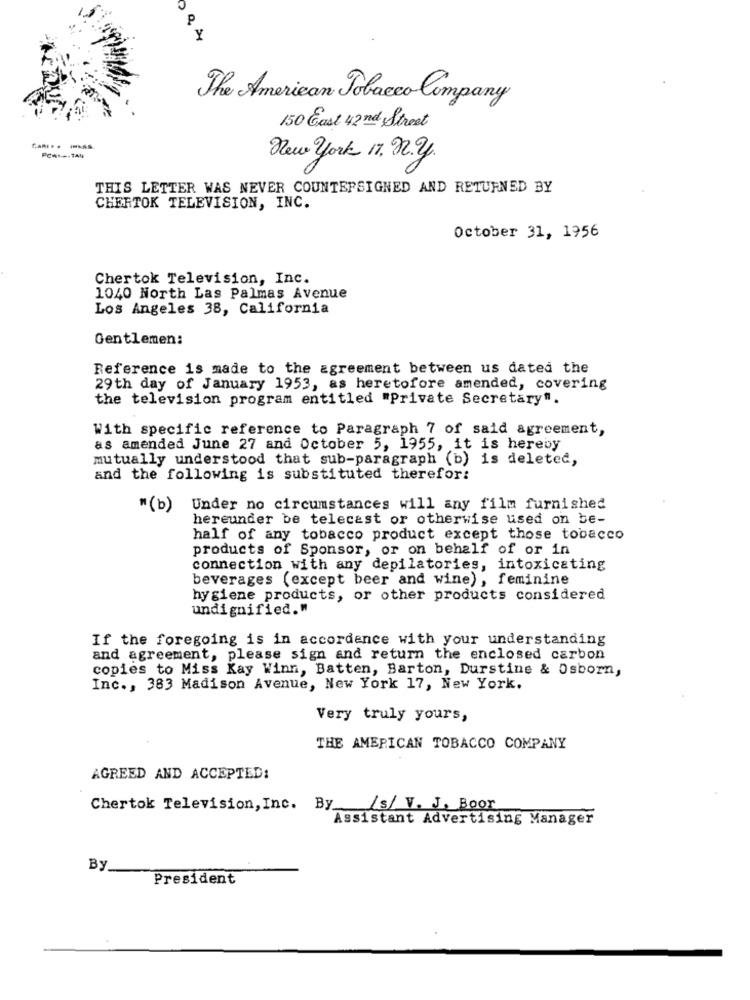
The American Tobacco Company
150 East 42nd Street
PCAN --- TAN
New York 17. 2.2.
THIS LETTER WAS NEVER COUNTERSIGNED AND RETURNED BY
CHERTOK TELEVISION, INC.
October 31, 1956
Chertok Television, Inc.
1040 North Las Palmas Avenue
Los Angeles 38, California
Gentlemen:
Reference is made to the agreement between us dated the
29th day of January 1953, as heretofore amended, covering
the television program entitled "Private Secretary".
With specific reference to Paragraph 7 of said agreement,
as amended June 27 and October 5, 1955, it is hereby
mutually understood that sub-paragraph (b) is deleted,
and the following is substituted therefor:
"(b)
Under no circumstances will any film furnished
hereunder be telecast or otherwise used on be-
half of any tobacco product except those tobacco
products of Sponsor, or on behalf of or in
connection with any depilatories, intoxicating
beverages (except beer and wine), feminine
hygiene products, or other products considered
undignified."
If the foregoing is in accordance with your understanding
and agreement, please sign and return the enclosed carbon
copies to Miss Kay Winn, Batten, Barton, Durstine & Osborn,
Inc ., 383 Madison Avenue, New York 17, New York.
Very truly yours,
THE AMERICAN TOBACCO COMPANY
AGREED AND ACCEPTED:
Chertok Television, Inc. By
/s/ V. J. Boor
Assistant Advertising Manager
By.
President